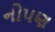
નોપણ